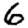
Digit: 6